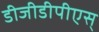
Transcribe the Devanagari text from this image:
डीजीडीपीएस्